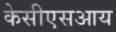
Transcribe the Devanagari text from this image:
केसीएसआय